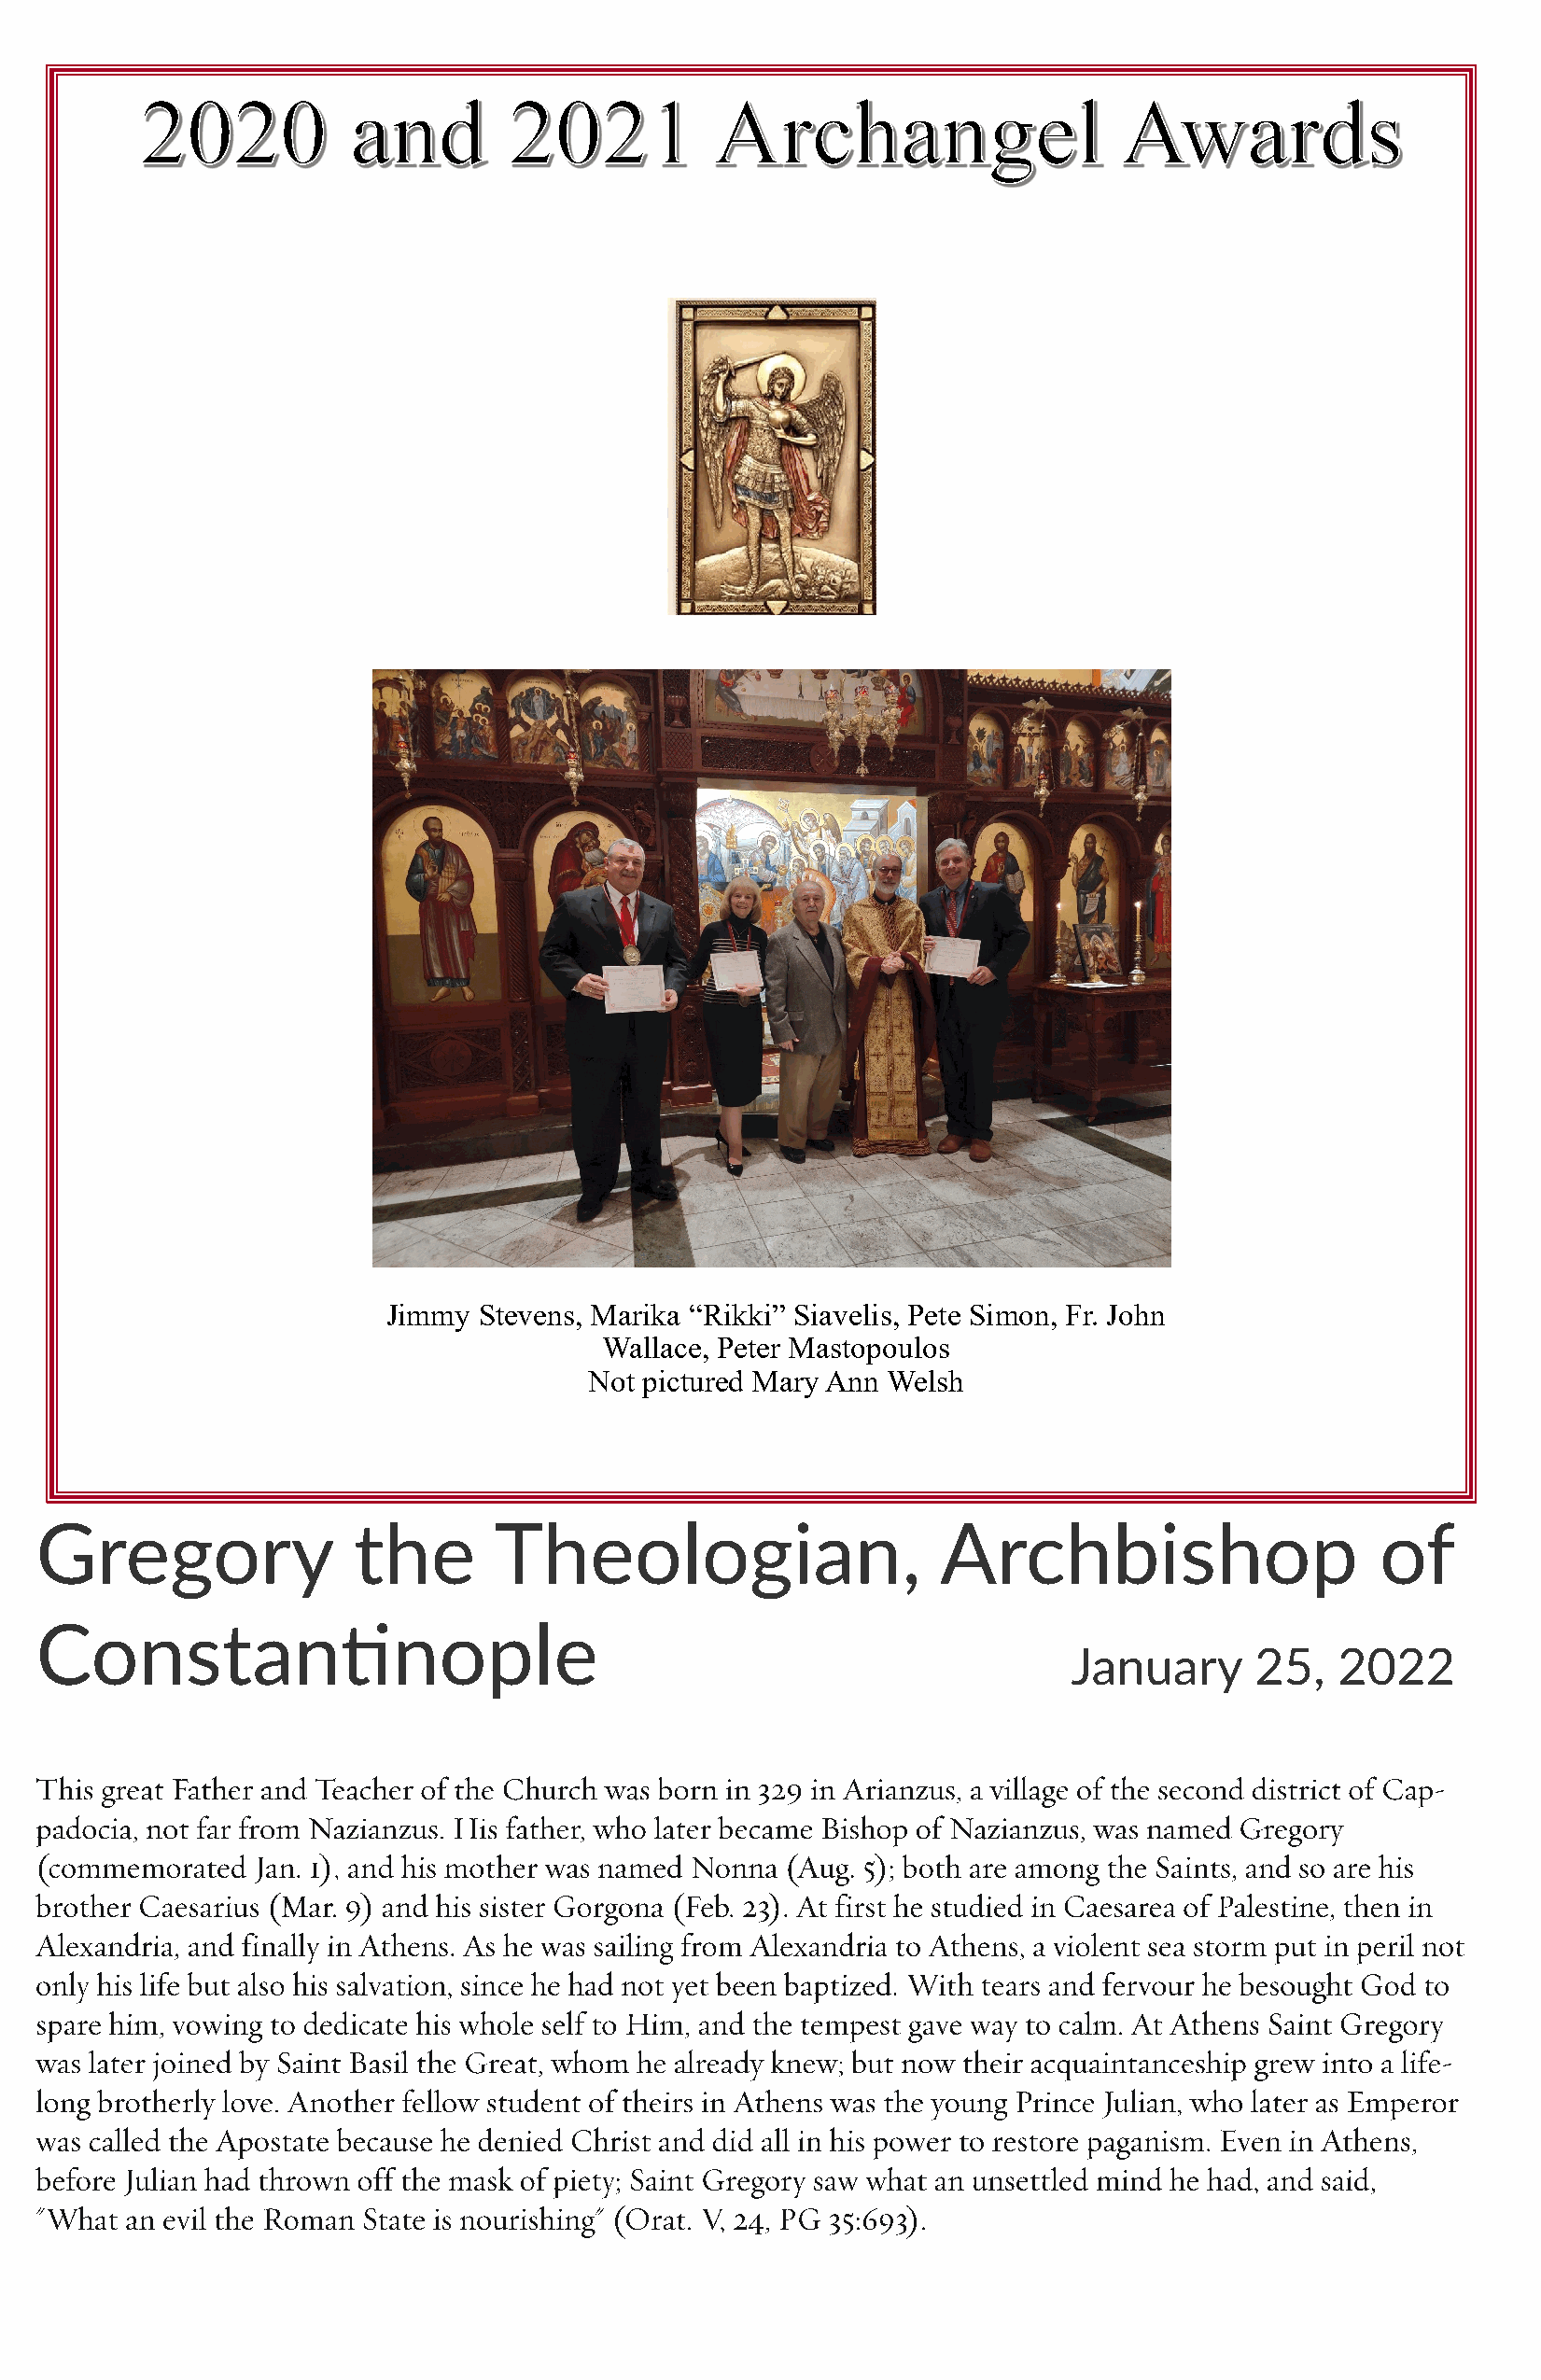
Jimmy  Stevens, Marika “Rikki” Siavelis, Pete Simon, Fr. John
 Wallace, Peter Mastopoulos
 Not pictured Mary Ann Welsh
 Gregory               the       Theologian,                     Archbishop                     of
 Constantinople
 January      25,   2022